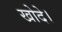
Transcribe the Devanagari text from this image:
खोदे।